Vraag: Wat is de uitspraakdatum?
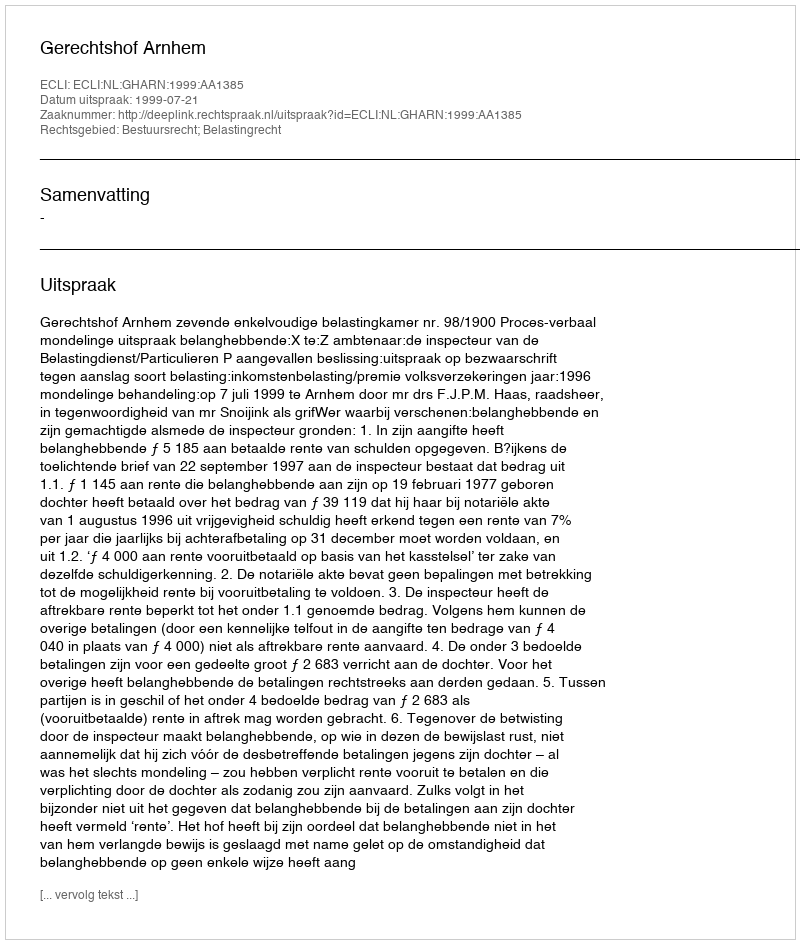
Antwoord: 1999-07-21